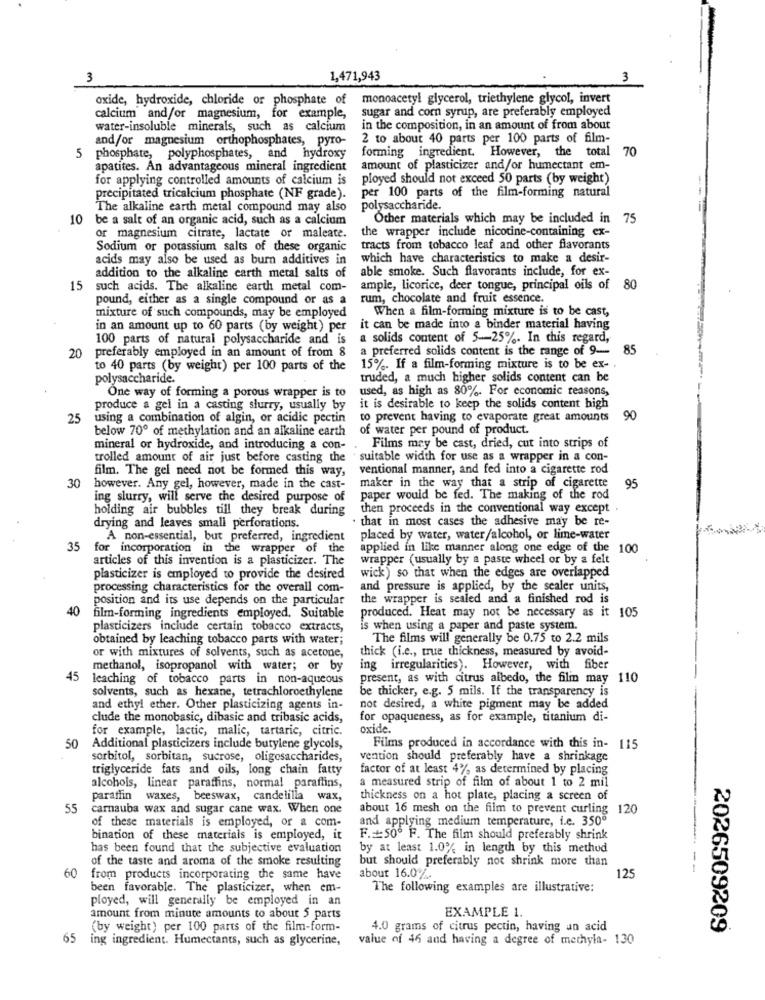
3
1,471,943
3
oxide, hydroxide, chloride or phosphate of monoacetyl glycerol, triethylene glycol, invert
sugar and corn syrup, are preferably employed
calcium and/or magnesium, for example,
water-insoluble minerals, such as calcium
in the composition, in an amount of from about
and/or magnesium orthophosphates, pyro-
2 to about 40 parts per 100 parts of film-
5
forming ingredient. However, the total 70
phosphate, polyphosphates, and hydroxy
apatites. An advantageous mineral ingredient
amount of plasticizer and/or humectant em-
for applying controlled amounts of calcium is
ployed should not exceed 50 parts (by weight)
precipitated tricalcium phosphate (NF grade).
per 100 parts of the film-forming natural
The alkaline earth metal compound may also
polysaccharide.
10
be a salt of an organic acid, such as a calcium
Other materials which may be included in 75
the wrapper include nicotine-containing ex-
or magnesium citrate, lactate or maleate.
Sodium or potassium salts of these organic
tracts from tobacco leaf and other flavorants
acids may also be used as burn additives in
which have characteristics to make a desir-
able smoke. Such flavorants include, for ex-
addition to the alkaline earth metal salts of
15
such acids. The alkaline earth metal com-
ample, licorice, deer tongue, principal oils of 8
pound, either as a single compound or as a
rum, chocolate and fruit essence.
When a film-forming mixture is to be cast,
mixture of such compounds, may be employed
in an amount up to 60 parts (by weight) per
it can be made into a binder material having
100 parts of natural polysaccharide and is a solids content of 5-25%. In this regard,
a preferred solids content is the range of 9-
85
20
preferably employed in an amount of from 8
to 40 parts (by weight) per 100 parts of the
15%. If a film-forming mixture is to be ex- .
polysaccharide.
truded, a much higher solids content can be
used, as high as 80%. For economic reasons,
One way of forming a porous wrapper is to
produce a gel in a casting slurry, usually by
it is desirable to keep the solids content high
25
using a combination of algin, or acidic pectin
to prevent having to evaporate great amounts
90
below 700 of methylation and an alkaline earth
of water per pound of product.
mineral or hydroxide, and introducing a con-
Films may be cast, dried, cut into strips of
trolled amount of air just before casting the
suitable width for use as a wrapper in a con-
film. The gel need not be formed this way,
ventional manner, and fed into a cigarette rod
maker in the way that a strip of cigarette
30
however. Any gel, however, made in the cast-
95
ing slurry, will serve the desired purpose of
paper would be fed. The making of the rod
holding air bubbles till they break during
then proceeds in the conventional way except
· that in most cases the adhesive may be re-
drying and leaves small perforations.
A non-essential, but preferred, ingredient
placed by water, water/alcohol, or lime-water
35
for incorporation in the wrapper of the
applied in like manner along one edge of the 100
articles of this invention is a plasticizer. The
wrapper (usually by a paste wheel or by a felt
plasticizer is employed to provide the desired
wick) so that when the edges are overlapped
processing characteristics for the overall com-
and pressure is applied, by the sealer units,
position and its use depends on the particular
the wrapper is sealed and a finished rod is
40
film-forming ingredients employed. Suitable
produced. Heat may not be necessary as it 105
plasticizers include certain tobacco extracts,
is when using a paper and paste system.
obtained by leaching tobacco parts with water;
The films will generally be 0.75 to 2.2 mils
thick (i.e ., true thickness, measured by avoid-
or with mixtures of solvents, such as acetone,
methanol, isopropanol with water; or by
ing irregularities). However, with fiber
45
leaching of tobacco parts in non-aqueous
present, as with citrus albedo, the film may 110
solvents, such as hexane, tetrachloroethylene
be thicker, e.g. 5 mils. If the transparency is
and ethyl ether. Other plasticizing agents in-
not desired, a white pigment may be added
clude the monobasic, dibasic and tribasic acids,
for opaqueness, as for example, titanium di-
for example, lactic, malic, tartaric, citric.
oxide.
50
Additional plasticizers include butylene glycols,
Films produced in accordance with this in- 115
sorbitol, sorbitan, sucrose, oligosaccharides,
vention should preferably have a shrinkage
triglyceride fats and oils, long chain fatty
factor of at least 4% as determined by placing
alcohols, linear paraffins, normal paraflins,
a measured strip of film of about 1 to 2 mil
paraffin waxes, beeswax, candelilla wax,
thickness on a hot plate, placing a screen of
55
carnauba wax and sugar cane wax. When one
about 16 mesh on the film to prevent curling 120
of these materials is employed, or a com-
and applying medium temperature, i.e. 3500
bination of these materials is employed, it
F .= 500 F. The film should preferably shrink
has been found that the subjective evaluation
by at least 1.0% in length by this method
of the taste and aroma of the smoke resulting
but should preferably noc shrink more than
60
--
from products incorporating the same have
about 16.0.
125
been favorable. The plasticizer, when em-
The following examples are illustrative:
ployed, will generally be employed in an
EXAMPLE 1.
amount from minute amounts to about 5 parts
(by weight) per 100 parts of the film-form-
4.0 grams of citrus pectin, having an acid
2026509209
65 ing ingredient. Humectants, such as glycerine,
value of 46 and having a degree of methyla- 130